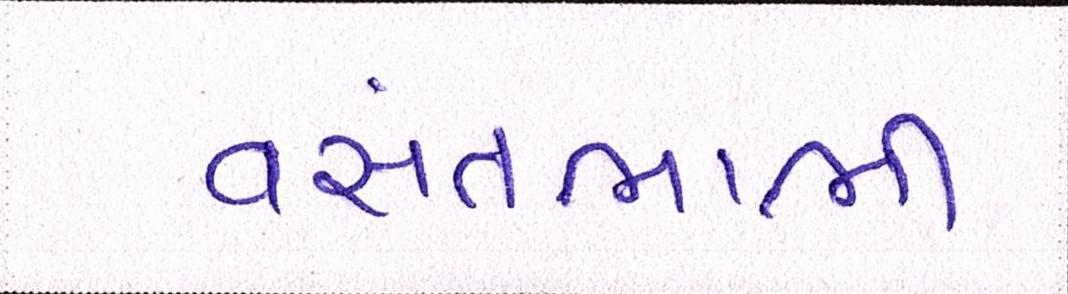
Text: વસંતભાભી